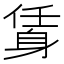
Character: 𨉃